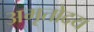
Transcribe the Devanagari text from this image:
अमृतोदय